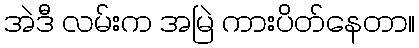
အဲဒီ လမ်းက အမြဲ ကားပိတ်နေတာ။